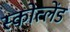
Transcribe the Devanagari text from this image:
स्कोत्लेंड